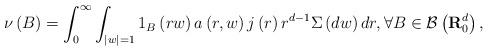
LaTeX: \begin{align*}\nu\left( B\right)=\int_0^{\infty}\int_{\left\vert w\right\vert=1} 1_B\left( rw\right)a\left( r,w\right)j\left(r\right)r^{d-1}\Sigma\left( dw\right)dr, \forall B\in\mathcal{B}\left( \mathbf{R}^d_0\right),\end{align*}